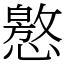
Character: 㦘